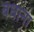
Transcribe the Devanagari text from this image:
बधाना